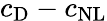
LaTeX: c_{\mathrm{D}}-c_{\mathrm{NL}}